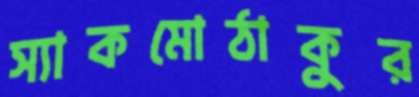
স্যাকমোঠাকুর